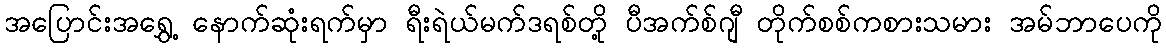
အပြောင်းအရွှေ့ နောက်ဆုံးရက်မှာ ရီးရဲယ်မက်ဒရစ်တို့ ပီအက်စ်ဂျီ တိုက်စစ်ကစားသမား အမ်ဘာပေကို